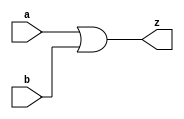


module OR8(a,b,z);
input[7:0] a,b;
output[7:0] z;

assign z = a|b;

endmodule